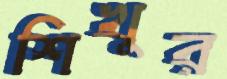
শিখুর